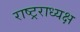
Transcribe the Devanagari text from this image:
राष्ट्रराध्यक्ष